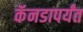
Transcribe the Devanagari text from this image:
कॅनडापर्यंत